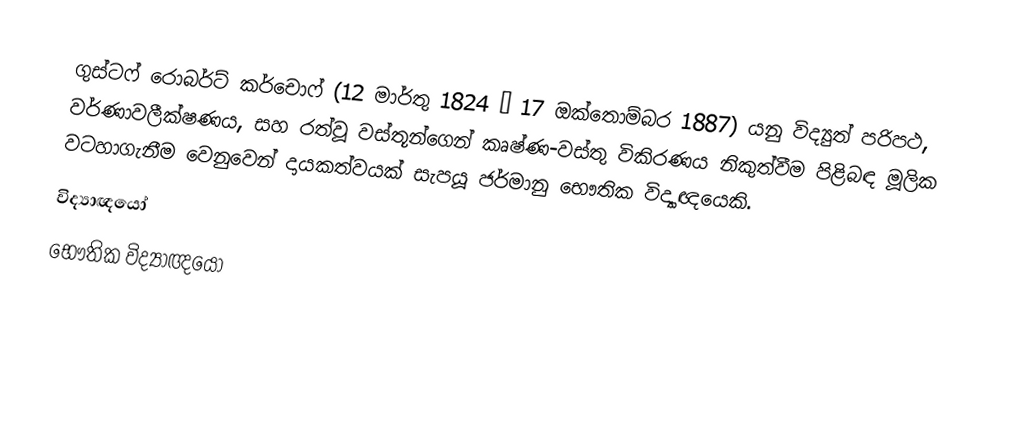
ගුස්ටෆ් රොබර්ට් කර්චොෆ් (12 මාර්තු 1824 – 17 ඔක්තොම්බර 1887) යනු විද්‍යුත් පරිපථ, වර්ණාවලීක්ෂණය, සහ රත්වූ වස්තූන්ගෙන් කෘෂ්ණ-වස්තු විකිරණය නිකුත්වීම පිළිබඳ මූලික වටහාගැනීම වෙනුවෙන් දායකත්වයක් සැපයූ ජර්මානු භෞතික විද්‍යාඥයෙකි.
විද්‍යාඥයෝ
භෞතික විද්‍යාඥයෝ